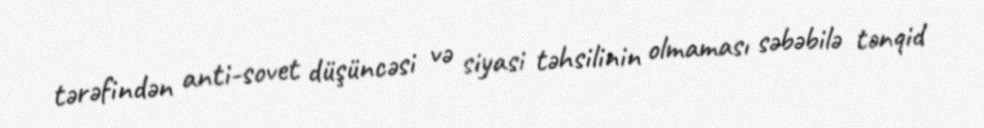
tərəfindən anti-sovet düşüncəsi və siyasi təhsilinin olmaması səbəbilə tənqid